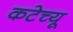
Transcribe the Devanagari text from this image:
कटेच्यू